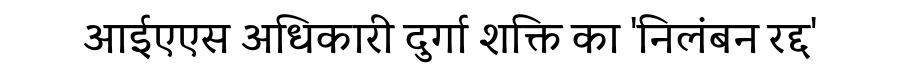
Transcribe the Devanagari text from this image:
आईएएस अधिकारी दुर्गा शक्ति का 'निलंबन रद्द'